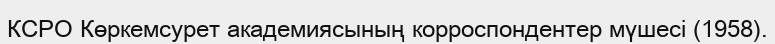
КСРО Көркемсурет академиясының корроспондентер мүшесі (1958).